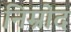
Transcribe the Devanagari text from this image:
निम्रोद